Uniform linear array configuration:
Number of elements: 8
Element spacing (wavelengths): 0.75
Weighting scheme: hamming
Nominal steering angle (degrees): -45
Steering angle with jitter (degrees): -46.807
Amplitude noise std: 0.05
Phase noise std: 0.05

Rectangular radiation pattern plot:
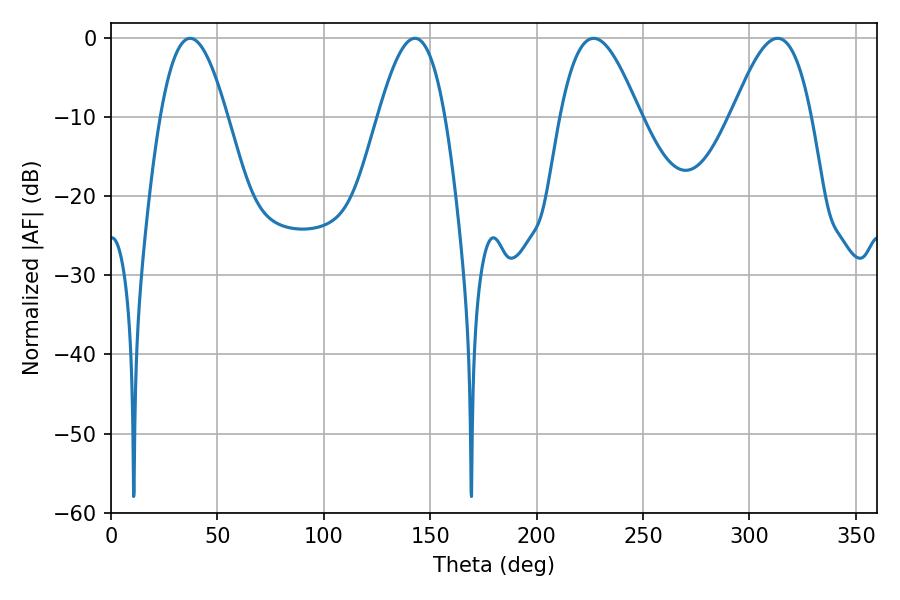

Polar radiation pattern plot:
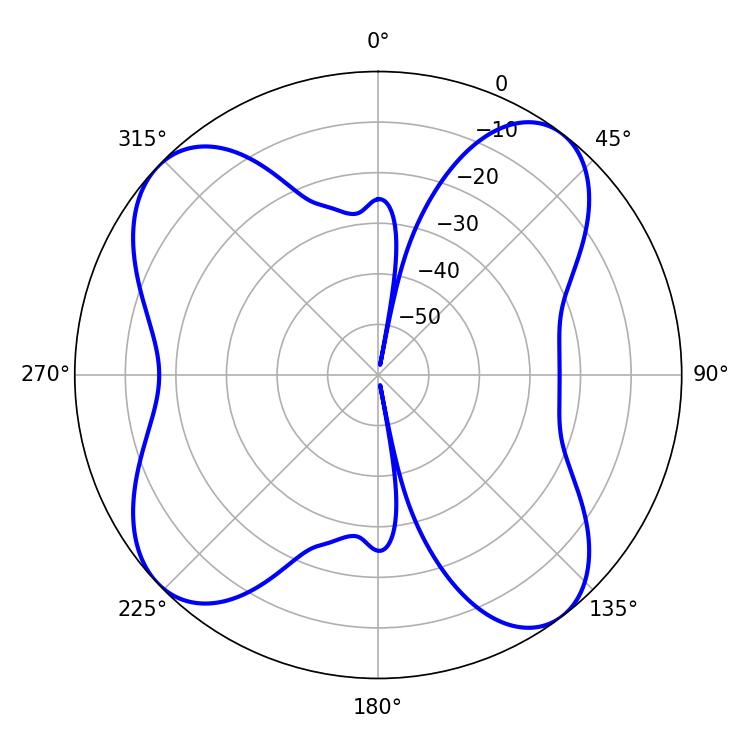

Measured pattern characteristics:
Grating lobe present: TRUE
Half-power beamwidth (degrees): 20.16
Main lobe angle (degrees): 226.8